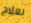
بعلاج